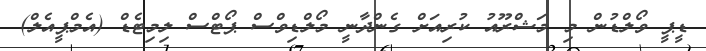
ޑީޕީ ވޯލްޑުން މި މަޝްރޫއު ކުރިއަށް ގެންދާނީ މޯލްޑިވްސް ޕޯޓްސް ލިމިޓެޑް (އެމްޕީއެލް)